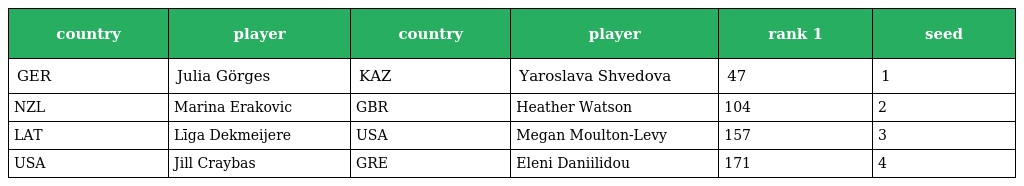
| country | player | country | player | rank 1 | seed |
 | --- | --- | --- | --- | --- | --- |
 | GER | Julia Görges | KAZ | Yaroslava Shvedova | 47 | 1 |
 | NZL | Marina Erakovic | GBR | Heather Watson | 104 | 2 |
 | LAT | Līga Dekmeijere | USA | Megan Moulton-Levy | 157 | 3 |
 | USA | Jill Craybas | GRE | Eleni Daniilidou | 171 | 4 |